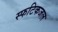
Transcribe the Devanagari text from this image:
स्फटिकजल